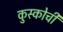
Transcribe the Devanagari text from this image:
कुस्कोची